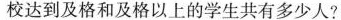
校达到及格和及格以上的学生共有多少人?